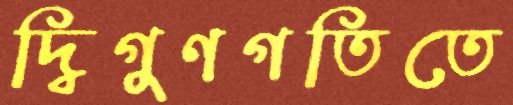
দ্বিগুণগতিতে